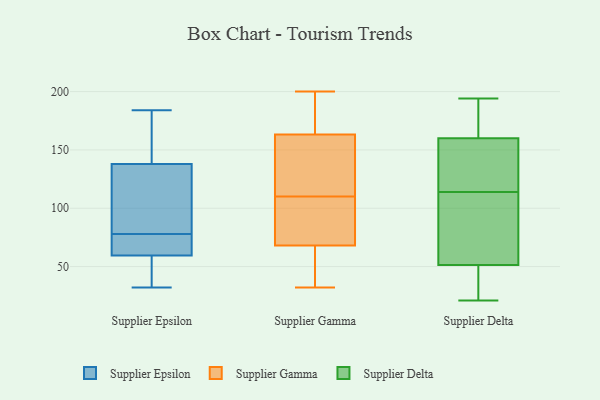
{"axis": {"x": "Active Users", "y": "Value"}, "legend": ["Supplier Delta", "Supplier Epsilon", "Supplier Gamma"], "data": [{"x": "", "y": 72, "type": "Supplier Epsilon"}, {"x": "", "y": 57, "type": "Supplier Epsilon"}, {"x": "", "y": 184, "type": "Supplier Epsilon"}, {"x": "", "y": 73, "type": "Supplier Epsilon"}, {"x": "", "y": 130, "type": "Supplier Epsilon"}, {"x": "", "y": 47, "type": "Supplier Epsilon"}, {"x": "", "y": 123, "type": "Supplier Epsilon"}, {"x": "", "y": 67, "type": "Supplier Epsilon"}, {"x": "", "y": 32, "type": "Supplier Epsilon"}, {"x": "", "y": 146, "type": "Supplier Epsilon"}, {"x": "", "y": 62, "type": "Supplier Epsilon"}, {"x": "", "y": 123, "type": "Supplier Epsilon"}, {"x": "", "y": 83, "type": "Supplier Epsilon"}, {"x": "", "y": 34, "type": "Supplier Epsilon"}, {"x": "", "y": 173, "type": "Supplier Epsilon"}, {"x": "", "y": 172, "type": "Supplier Epsilon"}, {"x": "", "y": 104, "type": "Supplier Gamma"}, {"x": "", "y": 53, "type": "Supplier Gamma"}, {"x": "", "y": 183, "type": "Supplier Gamma"}, {"x": "", "y": 149, "type": "Supplier Gamma"}, {"x": "", "y": 185, "type": "Supplier Gamma"}, {"x": "", "y": 168, "type": "Supplier Gamma"}, {"x": "", "y": 110, "type": "Supplier Gamma"}, {"x": "", "y": 46, "type": "Supplier Gamma"}, {"x": "", "y": 200, "type": "Supplier Gamma"}, {"x": "", "y": 77, "type": "Supplier Gamma"}, {"x": "", "y": 32, "type": "Supplier Gamma"}, {"x": "", "y": 71, "type": "Supplier Gamma"}, {"x": "", "y": 147, "type": "Supplier Gamma"}, {"x": "", "y": 115, "type": "Supplier Gamma"}, {"x": "", "y": 67, "type": "Supplier Gamma"}, {"x": "", "y": 194, "type": "Supplier Delta"}, {"x": "", "y": 25, "type": "Supplier Delta"}, {"x": "", "y": 25, "type": "Supplier Delta"}, {"x": "", "y": 159, "type": "Supplier Delta"}, {"x": "", "y": 140, "type": "Supplier Delta"}, {"x": "", "y": 21, "type": "Supplier Delta"}, {"x": "", "y": 114, "type": "Supplier Delta"}, {"x": "", "y": 145, "type": "Supplier Delta"}, {"x": "", "y": 164, "type": "Supplier Delta"}, {"x": "", "y": 60, "type": "Supplier Delta"}, {"x": "", "y": 163, "type": "Supplier Delta"}, {"x": "", "y": 81, "type": "Supplier Delta"}, {"x": "", "y": 101, "type": "Supplier Delta"}]}